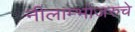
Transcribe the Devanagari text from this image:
नीलाम्भोजरुचे